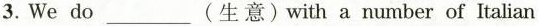
3.We do___(生意)with a number of Italian